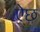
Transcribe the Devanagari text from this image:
ऐछ